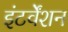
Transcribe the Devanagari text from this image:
इंटर्वेंशन